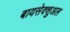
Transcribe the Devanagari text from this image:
बायसेक्शुअल